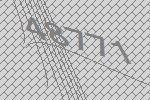
48771